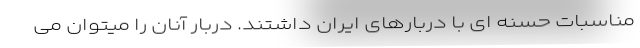
مناسبات حسنه ای با دربارهای ایران داشتند. دربار آنان را میتوان می